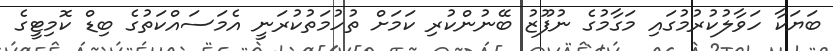
ބަޔަކާ ހަވާލުކުރުމުގައި މަގާމުގެ ނުފޫޒު ބޭނުންކުރި ކަމަށް ތުހުމަތުކުރަނީ އެމަސައްކަތުގެ ބިޑް ކޮމިޓީގެ